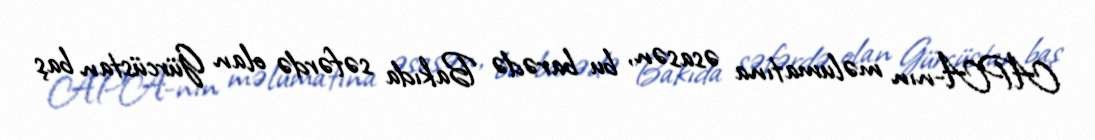
APA-nın məlumatına əsasən, bu barədə Bakıda səfərdə olan Gürcüstan baş